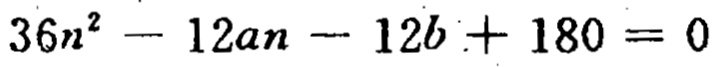
\(36n^{2}-12an - 12b + 180 = 0\)